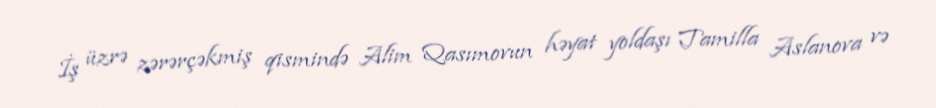
İş üzrə zərərçəkmiş qismində Alim Qasımovun həyat yoldaşı Tamilla Aslanova və